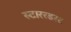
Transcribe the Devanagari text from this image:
स्टाररडस्ट